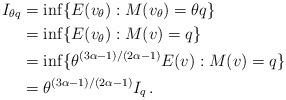
LaTeX: \begin{align*}I_{\theta q}&=\inf \lbrace E(v_\theta) : M(v_\theta)=\theta q\rbrace\\&=\inf \lbrace E(v_\theta) : M(v)= q\rbrace\\&=\inf \lbrace \theta^{(3\alpha-1)/(2\alpha-1)} E(v) : M(v)=q \rbrace\\&=\theta^{(3\alpha-1)/(2\alpha-1)} I_q \, .\end{align*}